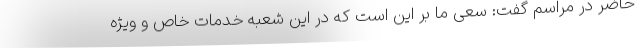
حاضر در مراسم گفت: سعی ما بر این است که در این شعبه خدمات خاص و ویژه